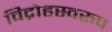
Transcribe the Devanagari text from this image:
विद्रोहस्वरुप